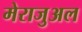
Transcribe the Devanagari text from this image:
मेराजुअल